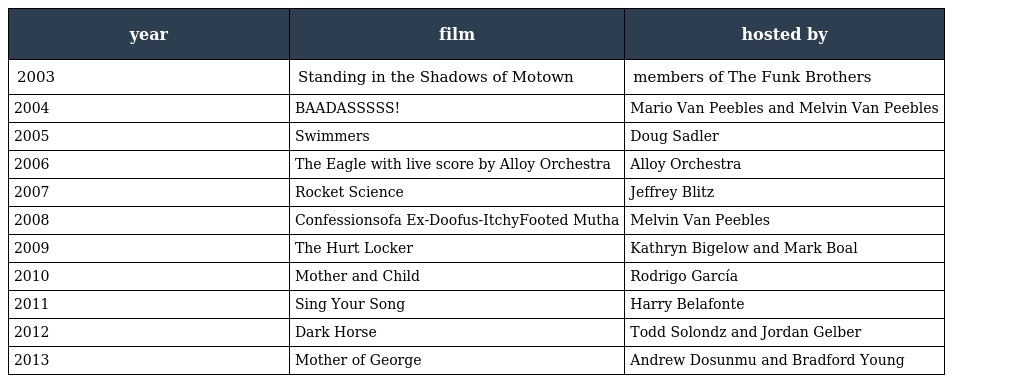
| year | film | hosted by |
 | --- | --- | --- |
 | 2003 | Standing in the Shadows of Motown | members of The Funk Brothers |
 | 2004 | BAADASSSSS! | Mario Van Peebles and Melvin Van Peebles |
 | 2005 | Swimmers | Doug Sadler |
 | 2006 | The Eagle with live score by Alloy Orchestra | Alloy Orchestra |
 | 2007 | Rocket Science | Jeffrey Blitz |
 | 2008 | Confessionsofa Ex-Doofus-ItchyFooted Mutha | Melvin Van Peebles |
 | 2009 | The Hurt Locker | Kathryn Bigelow and Mark Boal |
 | 2010 | Mother and Child | Rodrigo García |
 | 2011 | Sing Your Song | Harry Belafonte |
 | 2012 | Dark Horse | Todd Solondz and Jordan Gelber |
 | 2013 | Mother of George | Andrew Dosunmu and Bradford Young |